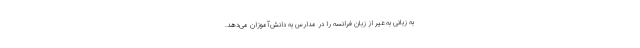
به زبانی به غیر از زبان فرانسه را در مدارس به دانش‌آموزان می‌دهد.